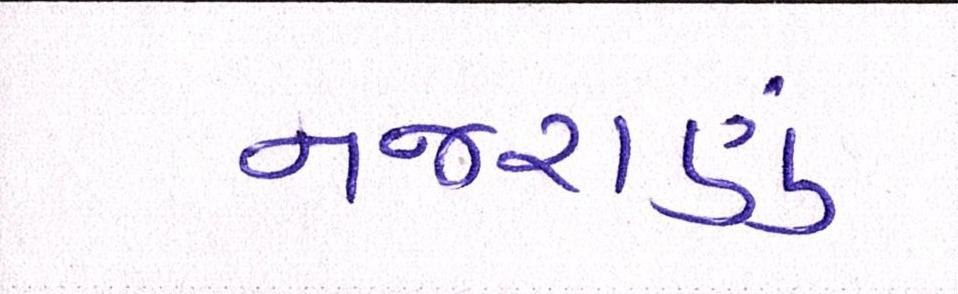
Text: નજરાણું